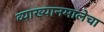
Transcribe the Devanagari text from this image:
व्याख्यानमालेचा